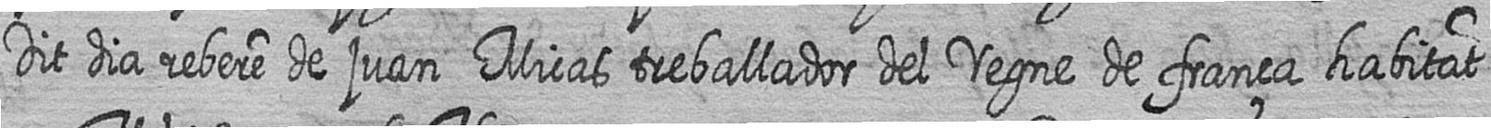
Dit dia rebere de juan Micas treballador del regne de frança habitat